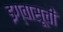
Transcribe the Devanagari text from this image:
इग्वासूची